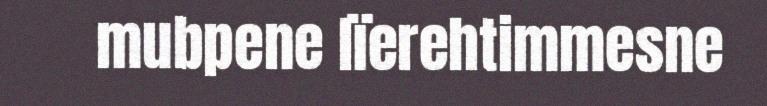
mubpene lïerehtimmesne